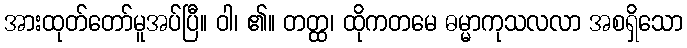
အားထုတ်တော်မူအပ်ပြီ။ ဝါ၊ ၏။ တတ္ထ၊ ထိုကတမေ ဓမ္မာကုသလလာ အစရှိသော